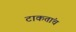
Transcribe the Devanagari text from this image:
टाकतांच